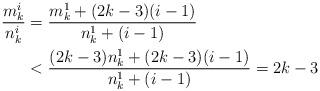
LaTeX: \begin{align*}\frac{m^i_k}{n^i_k} &= \frac{m^1_k + (2k-3)(i-1)}{n^1_k + (i-1)} \\&< \frac{(2k-3)n^1_k + (2k-3)(i-1)}{n^1_k + (i-1)} = 2k-3 \\\end{align*}